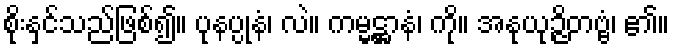
စိုးနှင်သည်ဖြစ်၍။ ပုနပ္ပုနံ၊ လဲ။ ကမ္မဋ္ဌာနံ၊ ကို။ အနုယုဉ္ဇိတဗ္ဗံ၊ ၏။